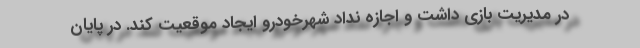
در مدیریت بازی داشت و اجازه نداد شهرخودرو ایجاد موقعیت کند. در پایان